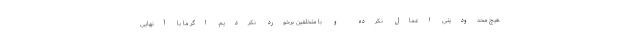
هیچ محدودیتی اعمال نکرده و با متخلفین برخورد نکردیم. اگر ما با آنهایی